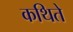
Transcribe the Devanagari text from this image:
कथिते